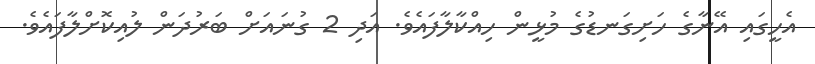
އެހީގައި އޭނާގެ ހަށިގަނޑުގެ މުޅީން ހިއްކާލާފައެވެ. އަދި 2 ގުނައަށް ބަރުދަން ލުއިކޮށްލާފައެވެ.